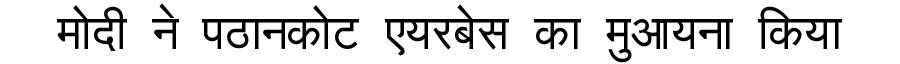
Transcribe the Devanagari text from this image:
मोदी ने पठानकोट एयरबेस का मुआयना किया